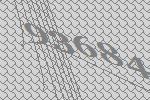
93684